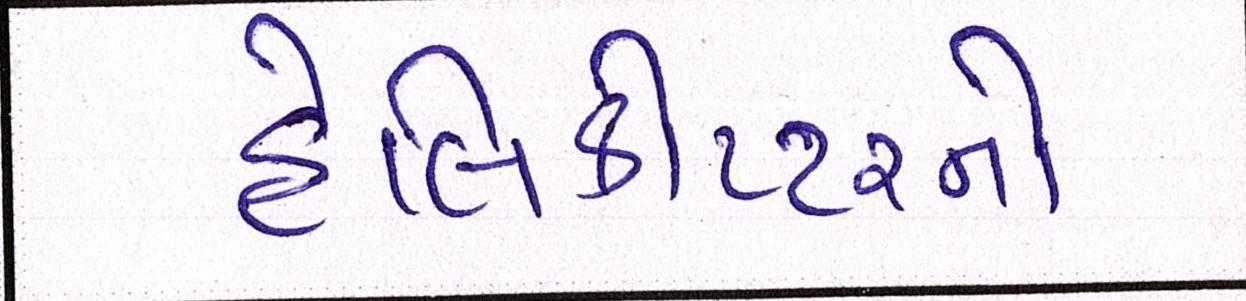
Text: હેલિકોપ્ટરનો